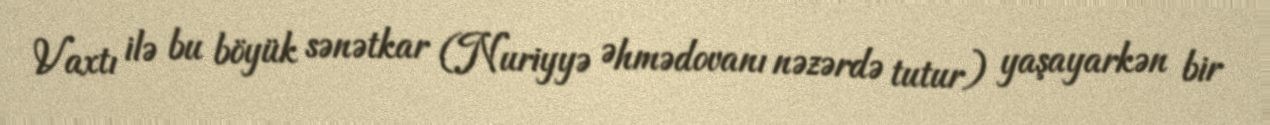
Vaxtı ilə bu böyük sənətkar (Nuriyyə Əhmədovanı nəzərdə tutur) yaşayarkən bir